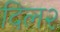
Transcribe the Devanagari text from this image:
दिल२